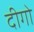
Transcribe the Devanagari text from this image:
दीगो